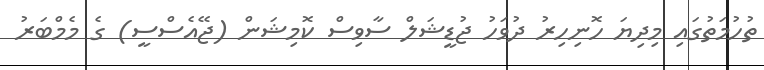
ތުހުމަތުގައި މިދިޔަ ހޮނިހިރު ދުވަހު ޖުޑީޝަލް ސާވިސް ކޮމިޝަން (ޖޭއެސްސީ) ގެ މެމްބަރު